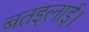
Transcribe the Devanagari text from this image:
बतइलाई।